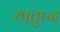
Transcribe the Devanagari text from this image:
यातुघ्न